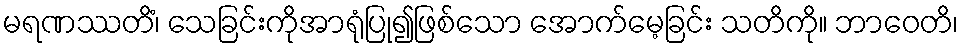
မရဏဿတိံ၊ သေခြင်းကိုအာရုံပြု၍ဖြစ်သော အောက်မေ့ခြင်း သတိကို။ ဘာဝေတိ၊